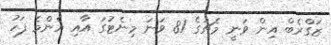
ޒަގްރެބް އިން ވަނީ މެޗުގެ 81 ވަނަ މިނެޓުގަ އާއި އެންމެ ފަހު